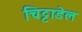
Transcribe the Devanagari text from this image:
चिट्टाडेल